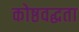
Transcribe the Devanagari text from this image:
कोष्ठवद्धता